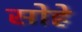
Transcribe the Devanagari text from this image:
सोहे